Elephants and their diseases
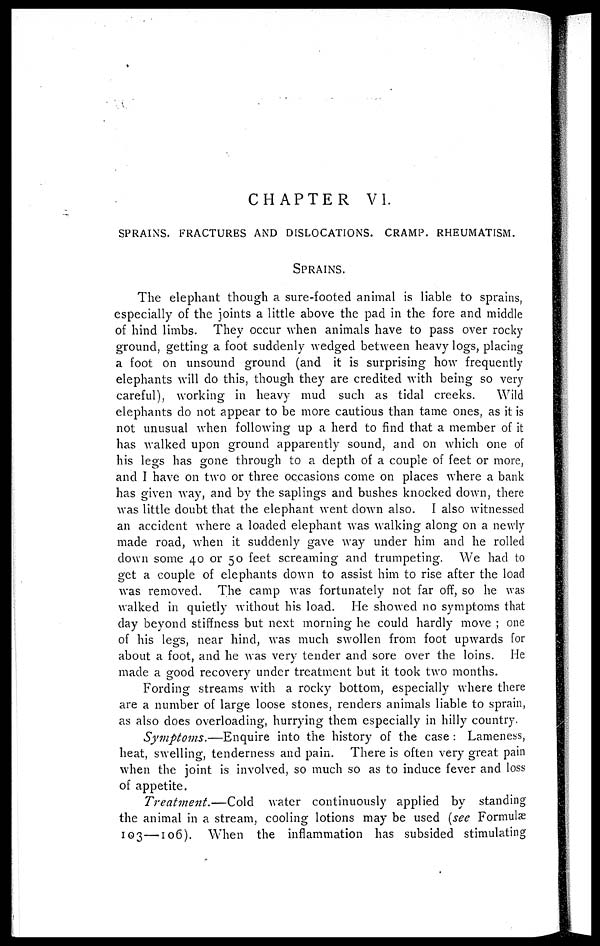
CHAPTER VI.
SPRAINS. FRACTURES AND DISLOCATIONS. CRAMP. RHEUMATISM.
SPRAINS.
The elephant though a sure-footed animal is liable to sprains,
especially of the joints a little above the pad in the fore and middle
of hind limbs. They occur when animals have to pass over rocky
ground, getting a foot suddenly wedged between heavy logs, placing
a foot on unsound ground (and it is surprising how frequently
elephants will do this, though they are credited with being so very
careful), working in heavy mud such as tidal creeks.
Wild
elephants do not appear to be more cautious than tame ones, as it is
not unusual when following up a herd to find that a member of it
has walked upon ground apparently sound, and on which one of
his legs has gone through to a depth of a couple of feet or more,
and I have on two or three occasions come on places where a bank
has given way, and by the saplings and bushes knocked clown, there
was little doubt that the elephant went down also. I also witnessed
an accident where a loaded elephant was walking along on a newly
made road, when it suddenly gave way under him and he rolled
down some 40 or 50 feet screaming and trumpeting. We had to
get a couple of elephants down to assist him to rise after the load
was removed. The camp was fortunately not far off, so he was
walked in quietly without his load. He showed no symptoms that
day beyond stiffness but next morning he could hardly move ; one
of his legs, near hind, was much swollen from foot upwards for
about a foot, and he was very tender and sore over the loins. He
made a good recovery under treatment but it took two months.
Fording streams with a rocky bottom, especially where there
are a number of large loose stones, renders animals liable to sprain,
as also does overloading, hurrying them especially in hilly country.
Symptoms.—Enquire
into the history of the case : Lameness,
heat, swelling, tenderness and pain. There is often very great pain
when the joint is involved, so much so as to induce fever and loss
of appetite.
Treatment.—Cold
water continuously applied by standing
the animal in a stream, cooling lotions may be used (see Formulæ
103—106). When the inflammation has subsided stimulating